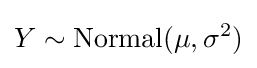
Y\sim \operatorname {Normal} (\mu ,\sigma ^{2})